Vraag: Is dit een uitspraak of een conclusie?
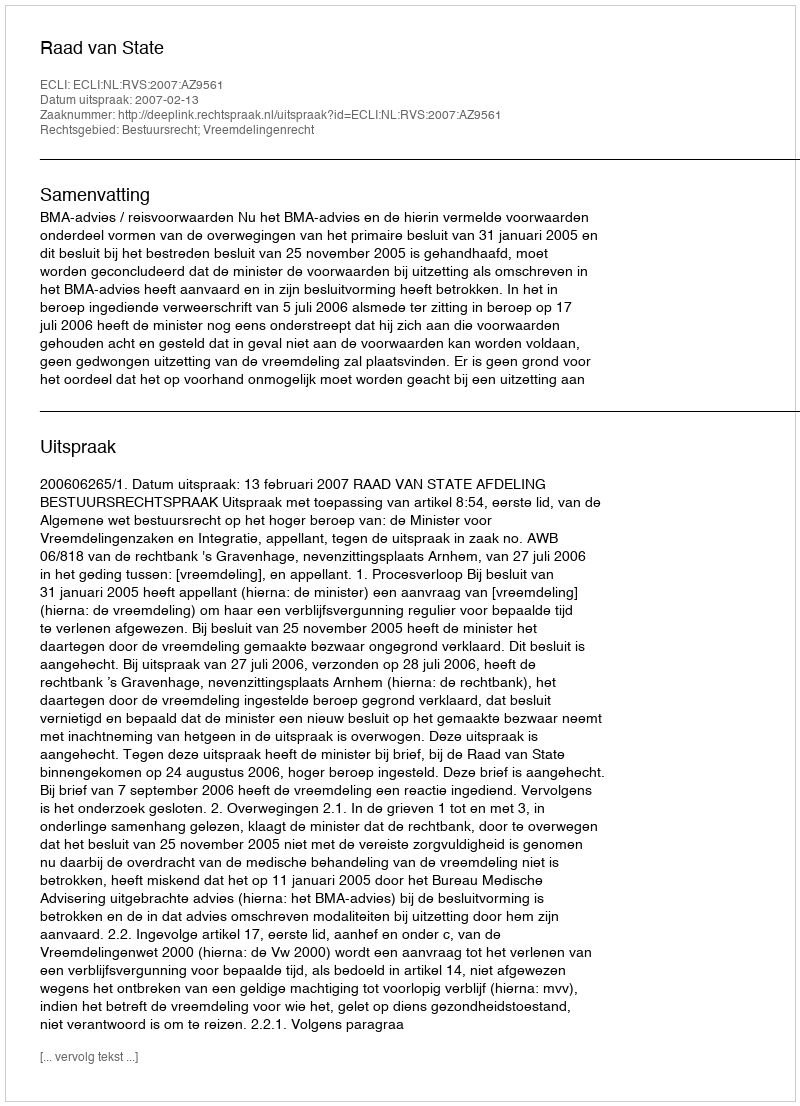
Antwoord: Uitspraak